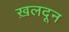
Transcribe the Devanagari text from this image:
ख़लदून